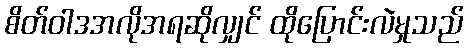
စိတ်ဝါဒအလိုအရဆိုလျှင် ထိုပြောင်းလဲမှုသည်